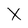
Character: X